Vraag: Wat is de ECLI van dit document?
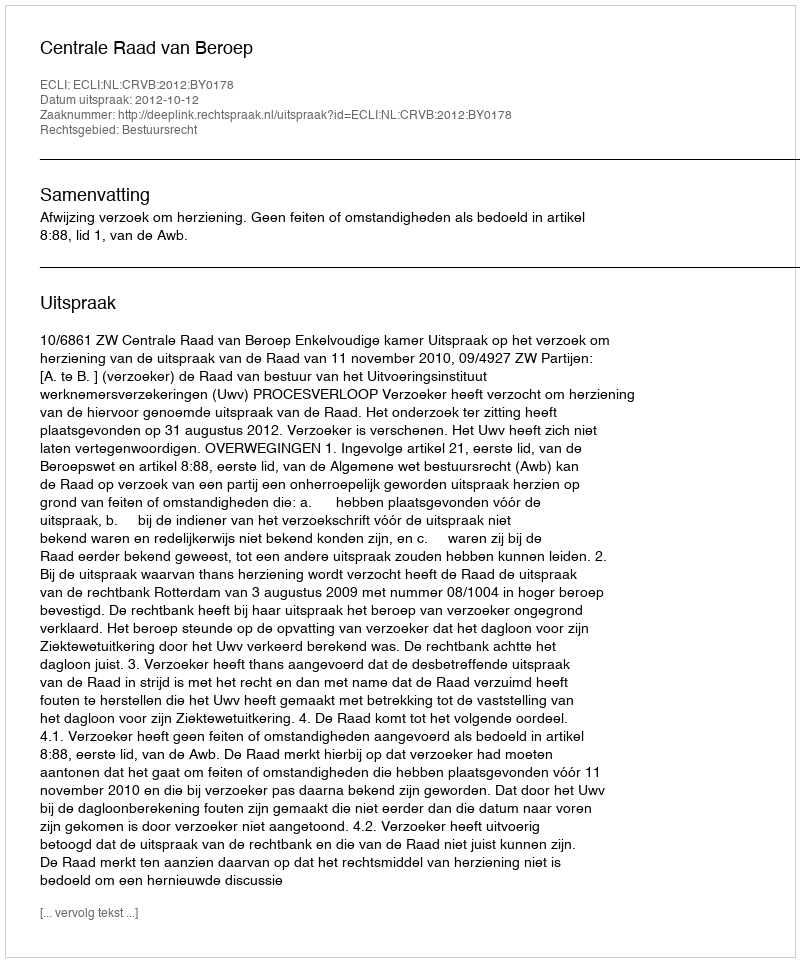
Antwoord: ECLI:NL:CRVB:2012:BY0178